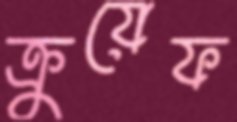
ক্রুয়েফ